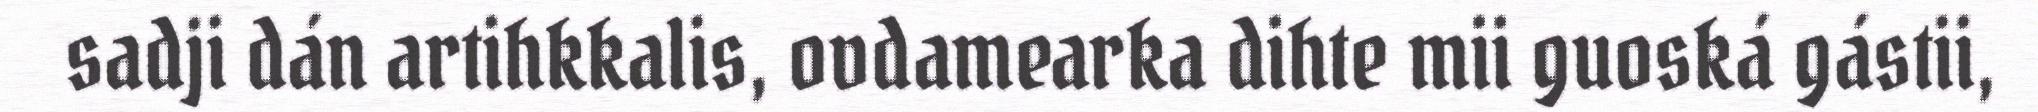
sadji dán artihkkalis, ovdamearka dihte mii guoská gástii,